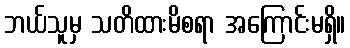
ဘယ်သူမှ သတိထားမိစရာ အကြောင်းမရှိ။